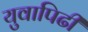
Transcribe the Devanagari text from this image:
युवापिढी